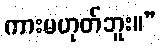
ကားမဟုတ်ဘူး။”